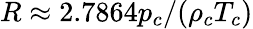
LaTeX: R\approx 2.7864p_{c}/(\rho_{c}T_{c})